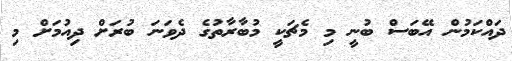
ދައްކަމުން އޭބަސް ބުނީ މި މެޗަކީ މުބާރާތުގެ ދެވަނަ ބުރަށް ދިއުމަށް މި